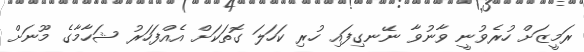
ރަމީޒަށް ހުރެވުނީ ވާނުވާ ނޭނގިފައި ހުރި ކަހަލަ ގޮތަކަށް އެއްފަހަރު ޝަހާމާގެ މޫނަށް